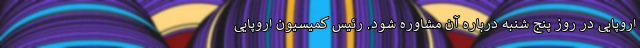
اروپایی در روز پنج شنبه درباره آن مشاوره شود. رئیس کمیسیون اروپایی